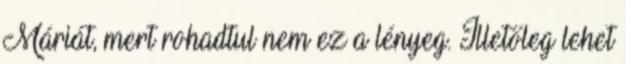
Máriát, mert rohadtul nem ez a lényeg. Illetőleg lehet